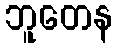
ဘူတေန